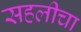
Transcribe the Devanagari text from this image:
सहलीचा